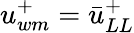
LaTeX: u_{wm}^{+}=\bar{u}_{LL}^{+}